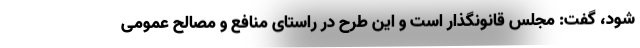
شود، گفت: مجلس قانونگذار است و این طرح در راستای منافع و مصالح عمومی